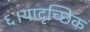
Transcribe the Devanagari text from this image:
६।यादृच्छिक